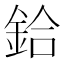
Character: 鉿